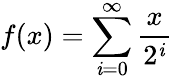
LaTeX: f(x)=\sum_{\mathit{i}=0}^{\infty}{\frac{{x}}{{2^{\mathit{i}}}}}